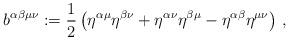
LaTeX: \begin{align*}b^{\alpha\beta\mu\nu}:=\frac{1}{2}\left( \eta^{\alpha\mu}\eta^{\beta\nu}+ \eta^{\alpha\nu}\eta^{\beta\mu}-\eta^{\alpha\beta}\eta^{\mu\nu}\right)\, ,\end{align*}